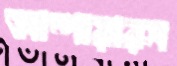
আম্পায়ারস